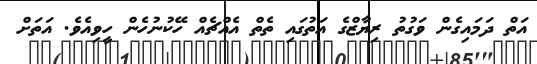
އަތް ދަމައިގެން ވަގުތު ރިޔާޒްގެ އަތުގައި ތެތް އެއްޗެއް ހޭކުނުހެން ހީވިއެވެ. އަތަށް